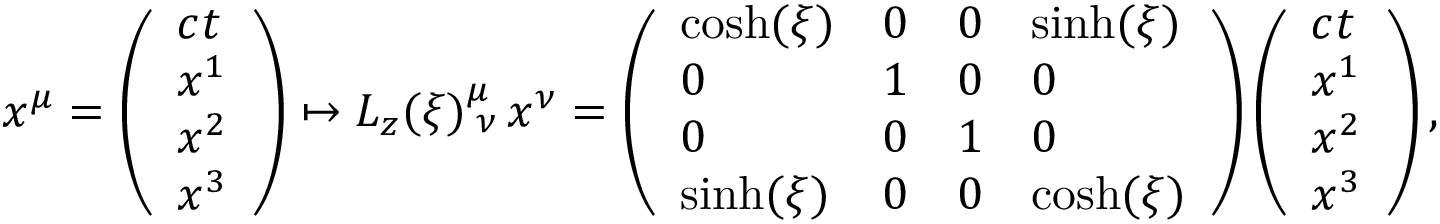
\begin{array} { r } { x ^ { \mu } = \left( \begin{array} { l } { c t } \\ { x ^ { 1 } } \\ { x ^ { 2 } } \\ { x ^ { 3 } } \end{array} \right) \mapsto L _ { z } ( \xi ) _ { \; \nu } ^ { \mu } \, x ^ { \nu } = \left( \begin{array} { l l l l } { \cosh ( \xi ) } & { 0 } & { 0 } & { \sinh ( \xi ) } \\ { 0 } & { 1 } & { 0 } & { 0 } \\ { 0 } & { 0 } & { 1 } & { 0 } \\ { \sinh ( \xi ) } & { 0 } & { 0 } & { \cosh ( \xi ) } \end{array} \right) \left( \begin{array} { l } { c t } \\ { x ^ { 1 } } \\ { x ^ { 2 } } \\ { x ^ { 3 } } \end{array} \right) , } \end{array}